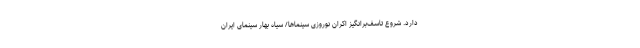
دارد. شروع تاسف‌برانگیزِ اکران نوروزی سینماها/ سیاه بهارِ سینمای ایران